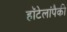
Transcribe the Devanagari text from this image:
हॉटेलांपैकी